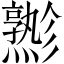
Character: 𱬪